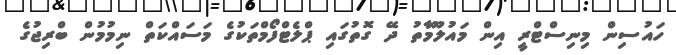
ހައުސިން މިނިސްޓްރީ އިން މައުލޫމާތު ދޭ ގޮތުގައި ޕްލެޓްފޯމްތަކުގެ މަސައްކަތް ނިމުމުން ބްރިޖުގެ